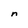
Character: n